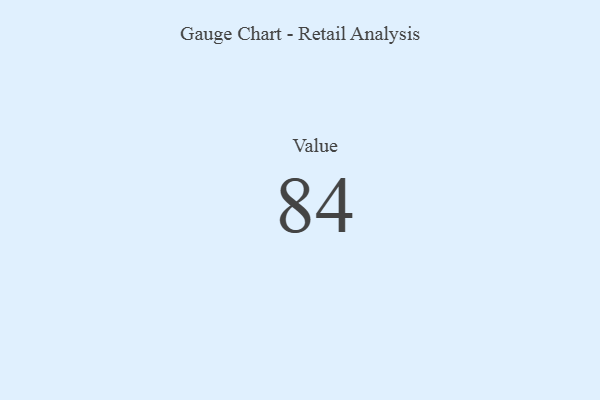
{"axis": {"x": "Metric", "y": "Value"}, "legend": [""], "data": [{"x": "Value", "y": 84, "type": ""}]}